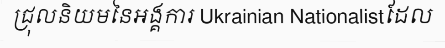
ជ្រុលនិយមនៃអង្គការ Ukrainian Nationalistដែល